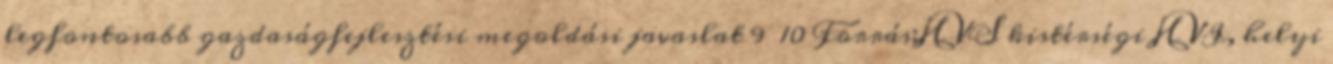
legfontosabb gazdaságfejlesztési megoldási javaslat 9 10 Forrás:HVS kistérségi HVI, helyi